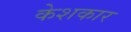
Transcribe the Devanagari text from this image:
केशकार